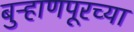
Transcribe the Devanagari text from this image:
बुऱ्हाणपूरच्या